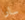
سارا